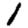
Digit: 1